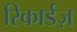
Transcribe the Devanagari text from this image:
रिकार्डज़